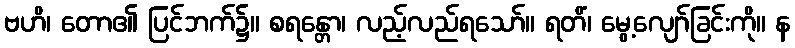
ဗဟိ၊ တော၏ ပြင်ဘက်၌။ စရန္တော၊ လည့်လည်ရသော်။ ရတိံ၊ မွေ့လျော်ခြင်းကို။ န